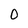
Character: O